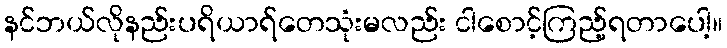
နင်ဘယ်လိုနည်းပရိယာရ်တေသုံးမလည်း ငါစောင့်ကြည့်ရတာပေါ့။